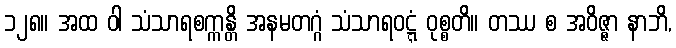
၁၂၈။ အထ ဝါ သံသာရစက္ကန္တိ အနမတဂ္ဂံ သံသာရဝဋ္ဋံ ဝုစ္စတိ။ တဿ စ အဝိဇ္ဇာ နာဘိ,